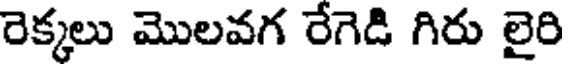
రెక్కలు మొలవగ రేగెడి గిరు లైరి